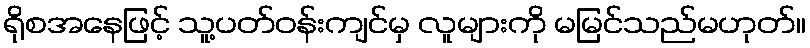
ရိုစအနေဖြင့် သူ့ပတ်ဝန်းကျင်မှ လူများကို မမြင်သည်မဟုတ်။